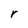
Character: r